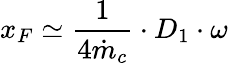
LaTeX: x_{F}\simeq\frac{1}{4\dot{m}_{c}}\cdot D_{1}\cdot\omega